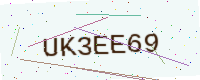
Text: UK3EE69